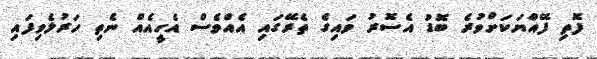
ފޮތި ފޭއްޔަކަށްވުރެ ބޮޑު އެސޮރު ވައިގެ ތެރޭގައި އެއްވެސް އެހީއެއް ނެތި ހަރުލެވިފައި